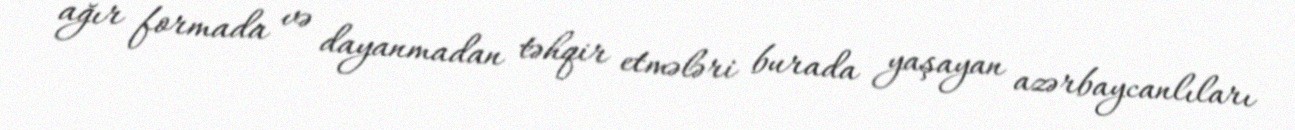
ağır formada və dayanmadan təhqir etmələri burada yaşayan azərbaycanlıları